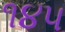
૧૪૫